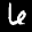
Label: 6